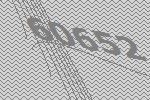
60652